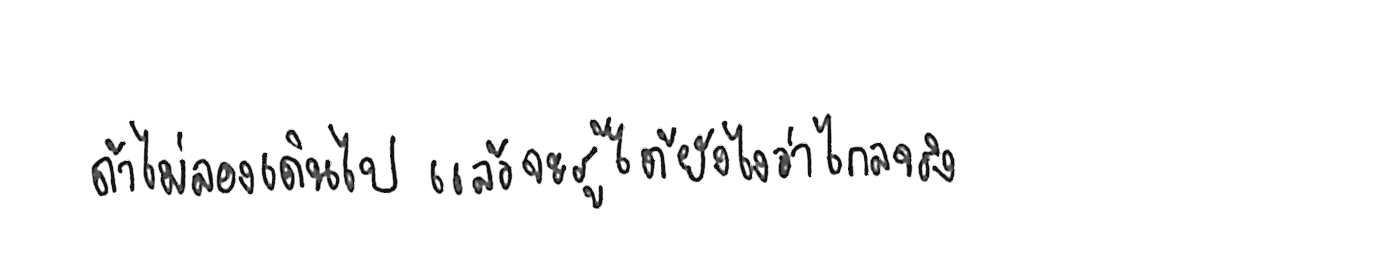
ถ้าไม่ลองเดินไป แล้วจะรู้ได้ยังไงว่าไกลจริง